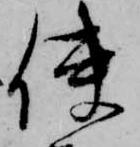
使